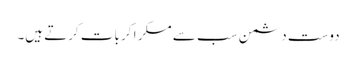
دوست دشمن سب سے مسکر ا کر بات کرتے ہیں۔